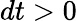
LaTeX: dt>0